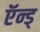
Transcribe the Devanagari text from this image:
ऍन्ड्